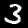
Digit: 3